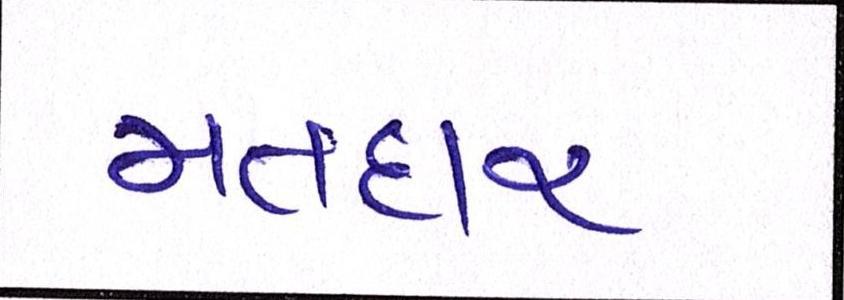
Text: મતદાર